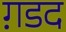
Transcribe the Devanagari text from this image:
ग़डद